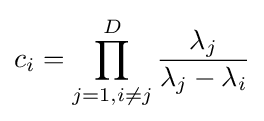
c_{i}=\prod _{j=1,i\neq j}^{D}{\frac {\lambda _{j}}{\lambda _{j}-\lambda _{i}}}